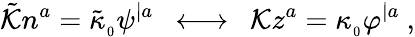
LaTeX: \tilde{\cal K}n^{a}={\tilde{\kappa}}_{_0}\psi^{|a}\ \ \longleftrightarrow\ \ {\cal K}z^{a}=\kappa_{_0}\varphi^{|a}\ ,